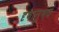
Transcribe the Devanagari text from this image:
दृषानुभव